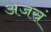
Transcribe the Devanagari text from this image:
अजस्रं